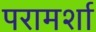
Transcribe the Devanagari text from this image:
परामर्शा